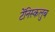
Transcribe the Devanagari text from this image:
टेंनिस्कलुब